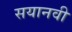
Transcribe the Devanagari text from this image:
सयानवी